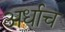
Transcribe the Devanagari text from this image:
अर्धाच